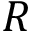
R